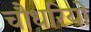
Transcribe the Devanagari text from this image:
चौधरियो